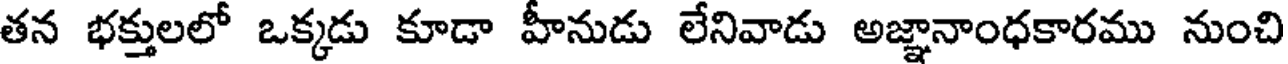
తన భక్తులలో ఒక్కడు కూడా హీనుడు లేనివాడు అజ్ఞానాంధకారము నుంచి